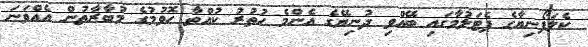
ކެލަފޯނިޔާގެ ޕެޓަލުމާގައި ބޭއްވި ދުނިޔޭގެ އެންމެ ހުތުރު ކުއްތާ ހޮވުމުގެ މުބާރާތުން އެއްވަނަ